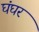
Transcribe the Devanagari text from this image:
घंघर